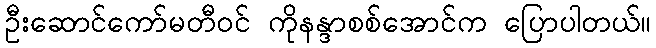
ဦးဆောင်ကော်မတီဝင် ကိုနန္ဒာစစ်အောင်က ပြောပါတယ်။